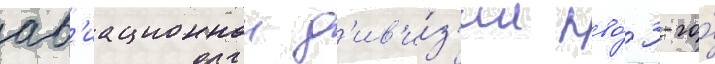
ав'иационнои д'ив'и́з'ии пво́ 3-го́